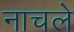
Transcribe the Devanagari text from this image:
नाचले